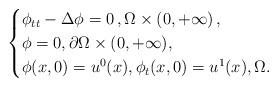
LaTeX: \begin{align*}\begin{cases}\phi_{tt} - \Delta \phi = 0 \,, \Omega \times (0,+\infty)\,,\\\phi=0, \partial \Omega \times (0,+\infty), \\ \phi(x, 0) = u^0(x), \phi_t(x, 0) = u^1(x), \Omega. \end{cases}\end{align*}